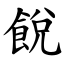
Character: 䬽